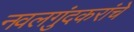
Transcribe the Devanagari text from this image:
नवलगुंदकरांचे